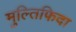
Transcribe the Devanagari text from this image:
मुल्तिफिदा